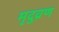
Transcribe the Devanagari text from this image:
मृदुव्रण